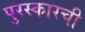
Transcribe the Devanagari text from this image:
पुरस्कारची